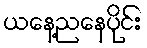
ယနေ့ညနေပိုင်း